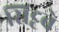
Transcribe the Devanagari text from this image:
सिट्टवे